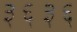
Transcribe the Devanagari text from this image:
३६३६